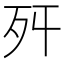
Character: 𣧒